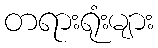
တရားရုံးများ